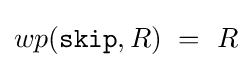
wp({\texttt {skip}},R)\ =\ R